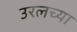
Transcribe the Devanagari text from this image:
उरलच्या